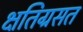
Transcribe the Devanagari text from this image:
क्षतिग्रसत